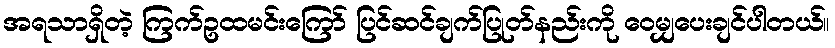
အရသာရှိတဲ့ ကြက်ဥထမင်းကြော် ပြင်ဆင်ချက်ပြုတ်နည်းကို ဝေမျှပေးချင်ပါတယ်။